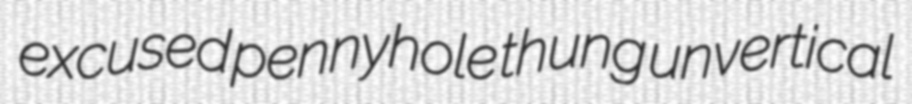
excused pennyhole thung unvertical